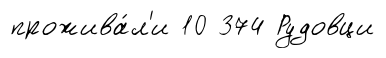
прожива́л'и 10 374 Рудовци